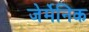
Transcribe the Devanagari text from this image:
जेर्मेनिक